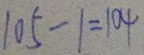
1 0 5 - 1 = 1 0 4